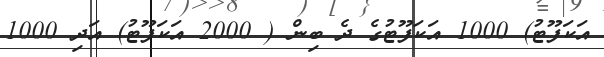
އަކަފޫޓު) 1000 އަކަފޫޓުގެ ދެ ބިން ( 2000 އަކަފޫޓު) އަދި 1000